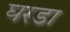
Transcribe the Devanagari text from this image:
घरडा